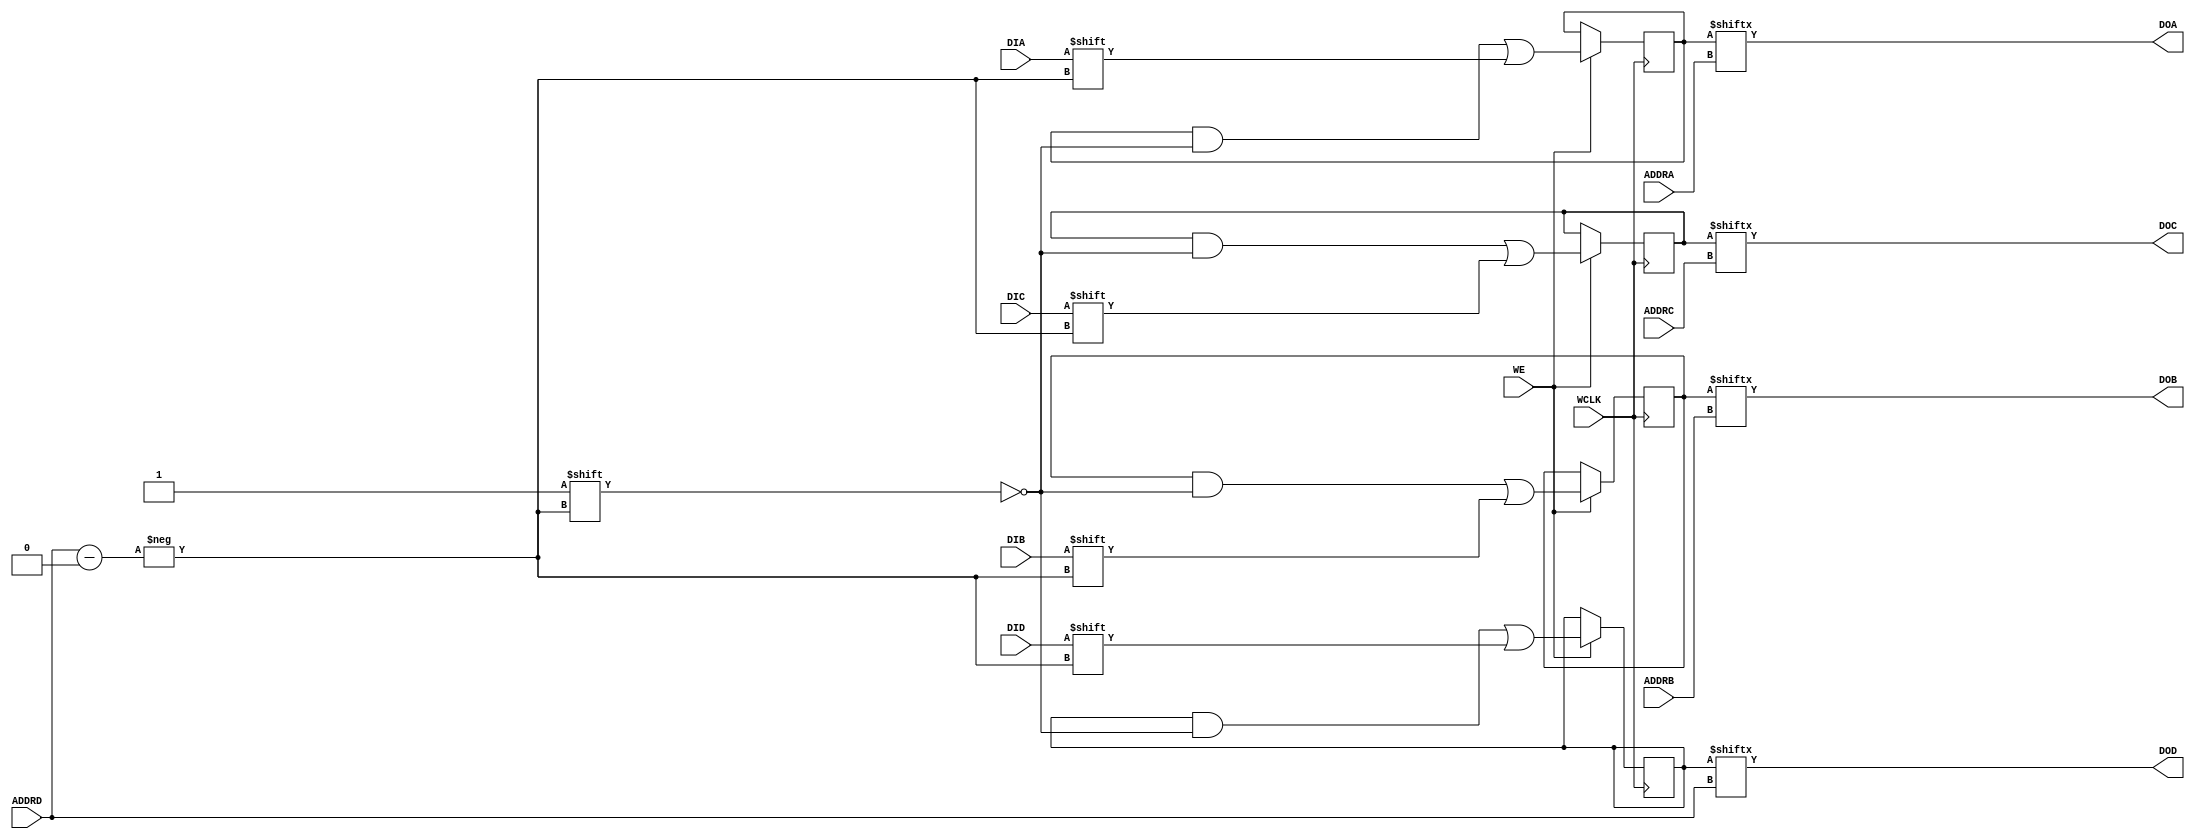
///////////////////////////////////////////////////////////////////////////////
// Copyright (c) 1995/2015 Xilinx, Inc.
// All Right Reserved.
///////////////////////////////////////////////////////////////////////////////
//   ____  ____
//  /   /\/   /
// /___/  \  /    Vendor : Xilinx
// \   \   \/     Version : 2015.4
//  \   \         Description : Xilinx Formal Library Component
//  /   /                 64-Deep by 4-bit Wide Multi Port RAM 
// /___/   /\     Filename : RAM64M.v
// \   \  /  \
//  \___\/\___\
//
///////////////////////////////////////////////////////////////////////////////
// Revision:
//    03/21/06 - Initial version.
//    08/30/13 - PR683925 - add invertible pin support.
// End Revision
///////////////////////////////////////////////////////////////////////////////

`timescale 1 ps/1 ps

`celldefine

module RAM64M (DOA, DOB, DOC, DOD, ADDRA, ADDRB, ADDRC, ADDRD, DIA, DIB, DIC, DID, WCLK, WE);

  parameter  [63:0] INIT_A = 64'h0000000000000000;
  parameter  [63:0] INIT_B = 64'h0000000000000000;
  parameter  [63:0] INIT_C = 64'h0000000000000000;
  parameter  [63:0] INIT_D = 64'h0000000000000000;
  parameter [0:0] IS_WCLK_INVERTED = 1'b0;

`ifdef XIL_TIMING //Simprim
 
  parameter LOC = "UNPLACED";

`endif

  output  DOA;
  output  DOB;
  output  DOC;
  output  DOD;
  input [5:0] ADDRA;
  input [5:0] ADDRB;
  input [5:0] ADDRC;
  input [5:0] ADDRD;
  input  DIA;
  input  DIB;
  input  DIC;
  input  DID;
  input WCLK;
  input WE;

  reg [63:0] mem_a, mem_b, mem_c, mem_d;
  reg notifier;
  wire WCLK_in;

  assign WCLK_in = IS_WCLK_INVERTED ^ WCLK;

  initial begin
    mem_a = INIT_A;
    mem_b = INIT_B;
    mem_c = INIT_C;
    mem_d = INIT_D;
  end

  always @(posedge WCLK_in)
    if (WE) begin
      mem_a[ADDRD] <= #100 DIA;
      mem_b[ADDRD] <= #100 DIB;
      mem_c[ADDRD] <= #100 DIC;
      mem_d[ADDRD] <= #100 DID;
  end

   assign  DOA = mem_a[ADDRA];
   assign  DOB = mem_b[ADDRB];
   assign  DOC = mem_c[ADDRC];
   assign  DOD = mem_d[ADDRD];

//   always @(notifier) begin
//       mem_a[ADDRD] <= 1'bx;
//       mem_b[ADDRD] <= 1'bx;
//       mem_c[ADDRD] <= 1'bx;
//       mem_d[ADDRD] <= 1'bx;
//   end

endmodule

`endcelldefine